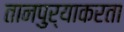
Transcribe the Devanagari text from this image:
तानपुऱ्याकरता